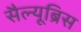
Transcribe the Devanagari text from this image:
सैल्यूब्रिस